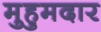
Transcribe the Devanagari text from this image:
मुहुमदार